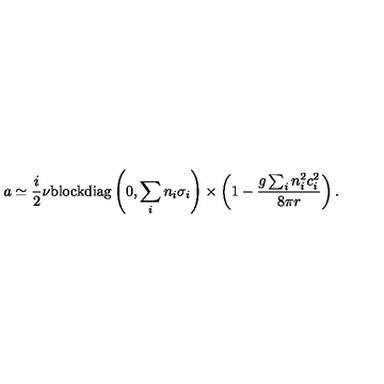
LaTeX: a \simeq \frac { i } { 2 } \nu \mathrm { b l o c k d i a g } \left( 0 , \sum _ { i } n _ { i } \sigma _ { i } \right) \times \left( 1 - \frac { g \sum _ { i } n _ { i } ^ { 2 } c _ { i } ^ { 2 } } { 8 \pi r } \right) .